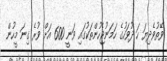
ވޭތުވެދިޔަ ހަ ދުވަހުގެ ހަމަނުޖެހުންތަކުގައި ވަނީ 600 އަށް ވުރެ ގިނަ މީހުން